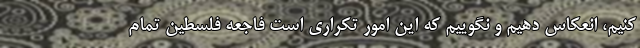
کنیم، انعکاس دهیم و نگوییم که این امور تکراری است فاجعه فلسطین تمام